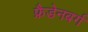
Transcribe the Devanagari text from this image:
फ्रैडेनबर्ग